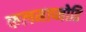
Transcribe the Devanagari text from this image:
फलमाप्नोति